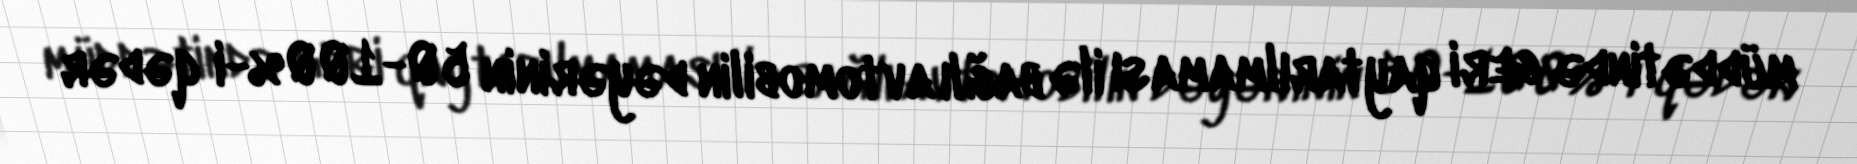
müddətində geri qaytarılmaması ilə bağlı avtomobilin dəyərinin 50-100%-i qədər